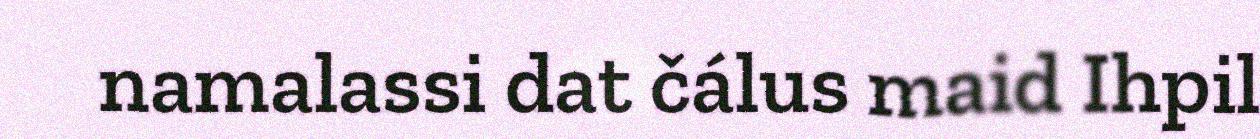
namalassi dat čálus maid Ihpil